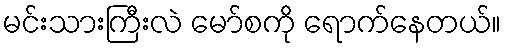
မင်းသားကြီးလဲ မော်စကို ရောက်နေတယ်။